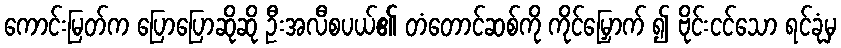
ကောင်းမြတ်က ပြောပြောဆိုဆို ဦးအလီစပယ်၏ တံတောင်ဆစ်ကို ကိုင်မြှောက် ၍ ဗိုင်းငင်သော ရင်ခုံမှ